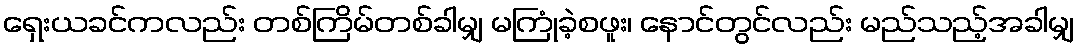
ရှေးယခင်ကလည်း တစ်ကြိမ်တစ်ခါမျှ မကြုံခဲ့စဖူး၊ နောင်တွင်လည်း မည်သည့်အခါမျှ